Annual statistical returns and brief notes on vaccination in Bengal - 1887-1898
Year: 1887
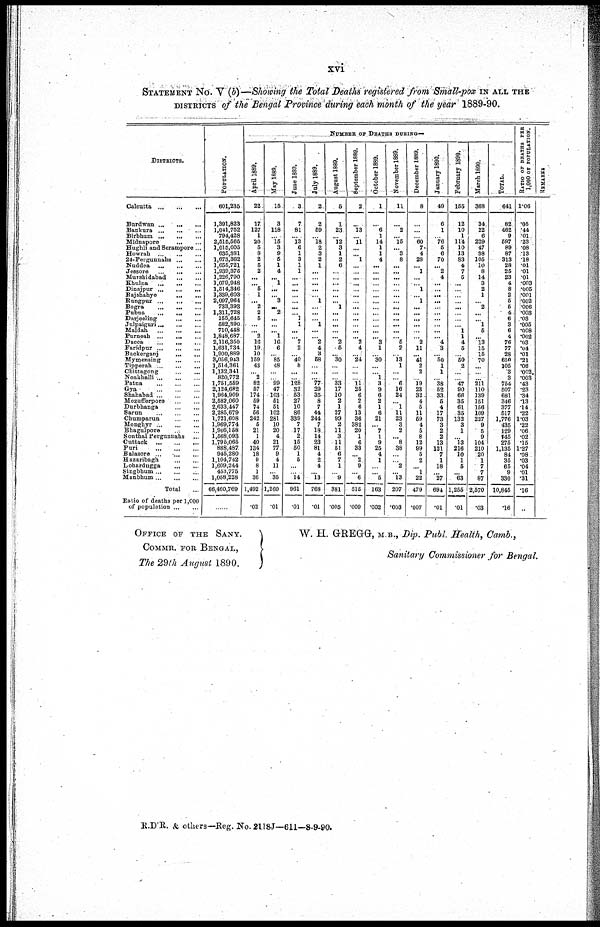
xvi
STATEMENT No. V (b)—Showing the Total Deaths registered from Small-pox IN ALL THE
DISTRICTS of the Bengal Province during each month of the year 1889-90.
DISTRICTS.
Calcutta... ... ... ... ...
Burdwan... ... ... ... ...
Bankura...
...
Birbhum...
...
Midnapore...
...
Hughli and Serampore... ...
Howrah...
...
24-Pergunnahs...
...
Nuddea...
...
Jessore...
...
Murshidabad...
...
Khulna...
...
Dinajpur...
...
Rajshahye...
...
Rungpur...
...
Bogra...
...
Pubna...
...
Darjeeling...
...
Julpaiguri...
...
Maldah...
...
Purneah...
...
Dacca...
...
Faridpur...
...
Backerganj...
...
Mymensing...
...
Tipperah...
...
Chittagong...
...
Noakhalli...
...
Patna...
...
Gya...
...
Shahabad...
...
Mozufferpore...
...
Durbhanga...
...
Sarun...
...
Chumparun...
...
Monghyr...
...
Bhagulpore...
...
Sonthal Pergunnahs... ...
Cuttack...
...
Puri...
...
Balasore...
...
Hazaribagh...
...
Lohardugga...
...
Singbhum...
...
Manbhum...
...
Total... ...
Ratio of deaths per 1,000
of population...
...
POPULATION.
601,235
1,391,823
1,041,752
794,428
2,515,565
1,015,005
635,381
1,673,362
1,655,721
1,939,375
1,226,790
1,079,948
1,514,346
1,339,603
2,097,964
733,393
1,311,728
155,645
582,390
710,448
1,848,687
2,116,350
1,631,734
1,900,889
3,056,943
1,514,361
1,132,341
820,772
1,751,559
2,124,682
1,964,909
2,582,060
2,633,447
2,285,679
1,721,608
1,969,774
1,966,158
1,568,093
1,795,065
888,487
945,280
1,104,742
1,609,244
453,775
1,058,228
66,460,769
......
NUMBER OF DEATHS DURING—
April 1889.
22
17
127
1
20
5
8
2
5
2
...
... 5
1
... 2
2
5
...
... 2
16
19
10
159
43
... 2
82
57
174
59
74
56
242
5
21
1
40
134
18
9
8
1
36
1,492
.02
May 1889.
15
3
118
... 15 3
9
5
1
4
... 1
...
... 3
... 2
...
...
... 1
16
6
... 85
48
...
... 99 47
103
51
51
102
281
10
20
4
21
77
9
4
11
... 35
1,260
.01
June 1889.
3
7
81
... 13
6
1
3
1
1
...
...
...
...
...
...
... 1
1
...
... 7
2
... 40
8
...
...
128
32
53
27
10
86
339
7
17
2
15
50
1
5
...
... 14
961
.01
July 1889.
2
2
59
... 18
2
3
2
1
...
...
...
...
... 1
... ...
... 1
...
... 2
4
3
58
...
...
... 77
29
35
8
7
44
244
7
18
14
23
81
4
2
4
... 13
768
.01
August 1889.
5
1
23
... 12
3
1
2
6
...
...
...
...
...
... 1
...
...
...
...
... 2
5
... 30
...
...
... 33
17
10
2
1
27
99
2
11
3
11
51
6
7
1
... 9
381
.005
September 1889.
2
...
13
... 11
...
... 1
...
...
...
...
...
...
...
...
...
...
...
...
... 2
4
... 24
...
...
... 11
25
6
2
6
13
36
382
20
1
6
33
... 2
9
... 6
315
.009
October 1889.
1
...
6
1
14
1
1
4
...
...
...
...
...
...
...
...
...
...
...
...
... 3
1
... 30
...
.... 1
3
9
6
2
1
6
21
... 7
1
9
25
4
1
...
... 5
163
.002
November 1889.
11
...
2
... 15
... 3
8
...
...
...
...
...
...
...
...
...
...
...
...
... 5
2
... 13
1
...
... 6
16
24
... 1
11
23
3
2
... 8
38
...
... 2
... 13
207
.003
December 1889.
8
...
...
... 60
7
4
28
... 1
...
... 1
... 1
...
...
...
...
...
... 2
11
... 41
2
2
... 19
23
32
4
5
11
59
4
5
8
12
99
5
2
... 1
22
479
.007
January 1890.
49
6
1
... 76
5
6
70
... 2
4
...
...
...
...
...
...
...
...
...
... 4
3
... 50
1
1
... 38
52
33
5
4
17
73
3
2
2
13
121
7
1
18
... 27
694
.01
February 1890.
155
12
10
1
114
10
13
83
4
7
5
...
...
...
...
...
...
...
... 1
1
4
5
... 50
2
...
... 47
90
66
35
61
35
132
3
1
... 13
216
10
1
5
... 63
1,255
.01
March 1890.
368
34
22
6
229
47
38
105
10
8
14
3
2
1
... 2
...
... 1
5
... 13
15
15
70
...
...
...
211
110
139
151
156
109
227
9
5
9
104
210
20
1
7
7
87
2,570
.03
TOTAL.
641
82
462
9
597
89
87
313
28
25
23
4
8
2
5
5
4
6
3
6
4
76
77
28
650
105
3
3
754
507
681
346
377
517
1,776
435
129
145
275
1,135
84
35
65
9
330
10,846
.16
RATIO OF DEATHS PER
1,000 OF POPULATION.
1.06
.05
.44
.01
.23
.08
.13
.18
.01
.01
.01
.003
.005
.001
.002
.006
.003
.03
.005
.008
.002
.03
.04
.01
.21
.06
.002
.003
.43
.23
.34
.13
.14
.22
1.03
.22
.06
.02
.15
1.27
.08
.03
.04
.01
.31
.16
...
REMARKS
OFFICE OF THE SANY.
COMMR. FOR BENGAL,
The 29th August 1890.
W. H. GREGG, M.B., Dip. Publ. Health, Camb.,
Sanitary Commissioner for Bengal.
R.D'R. & others—Reg. No. 2118J—611—8-9-90.